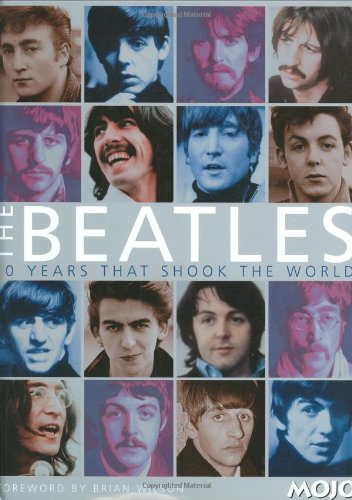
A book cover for The Beatles: 10 YEARS THAT SHOOK THE WORLD; DK Publishing; Humor & Entertainment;